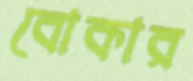
বোকার